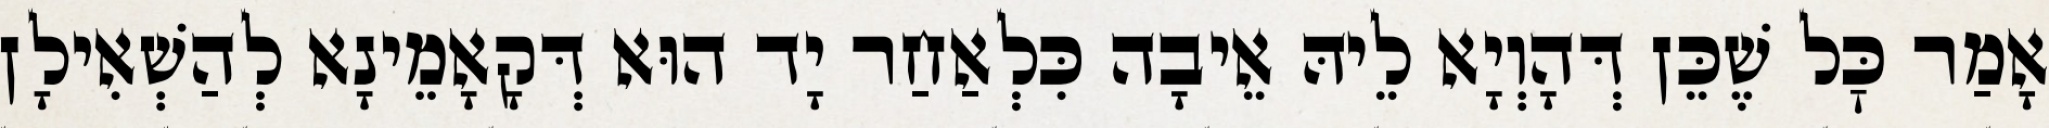
אָמַר כׇּל שֶׁכֵּן דְּהָוְיָא לֵיהּ אֵיבָה כִּלְאַחַר יָד הוּא דְּקָאָמֵינָא לְהַשְׁאִילָן